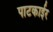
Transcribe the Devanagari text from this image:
पाटकाईर